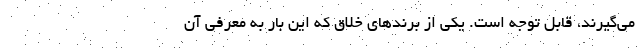
می‌گیرند، قابل توجه است. یکی از برندهای خلاق که این بار به معرفی آن